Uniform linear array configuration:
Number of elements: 48
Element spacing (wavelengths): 0.75
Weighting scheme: binomial
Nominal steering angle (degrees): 60
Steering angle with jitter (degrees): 59.513
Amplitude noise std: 0.05
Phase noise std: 0.05

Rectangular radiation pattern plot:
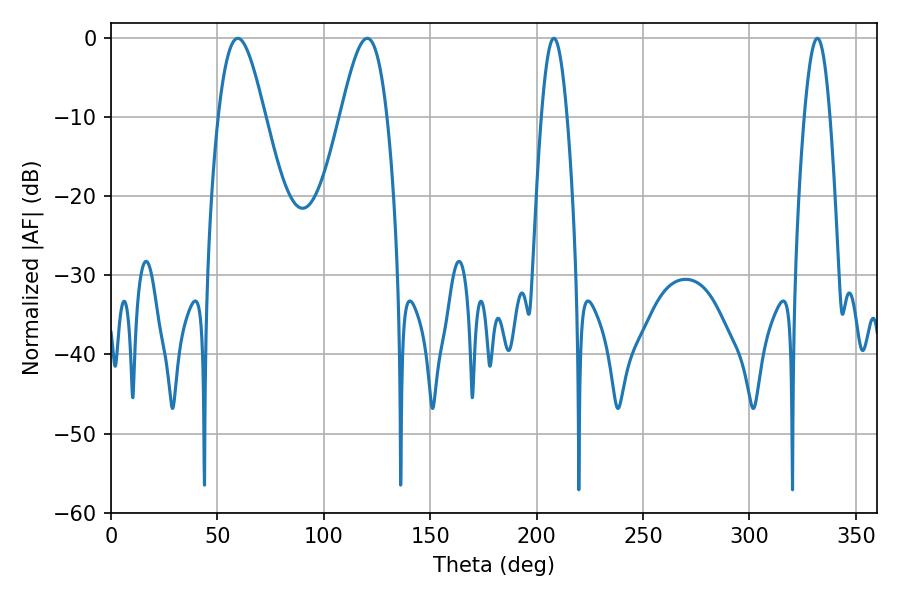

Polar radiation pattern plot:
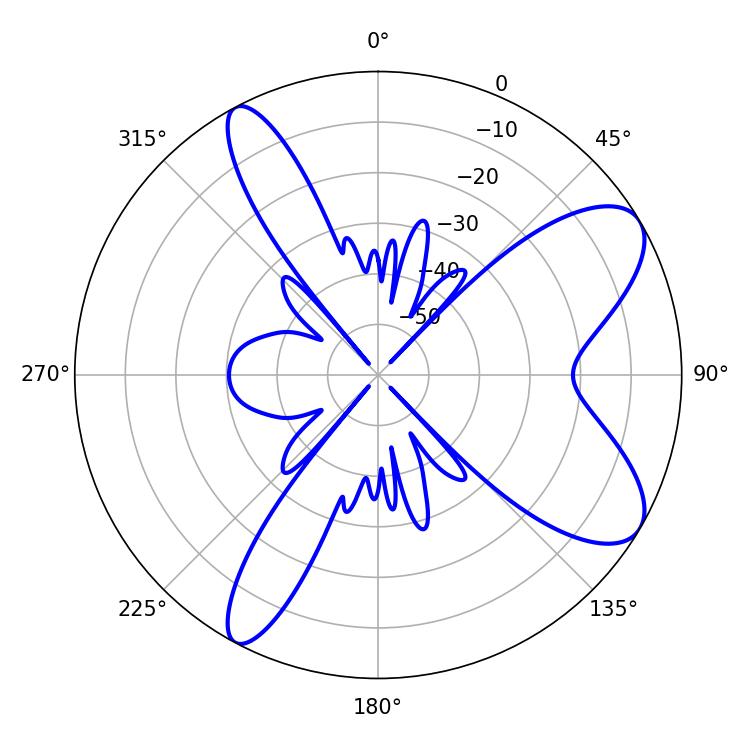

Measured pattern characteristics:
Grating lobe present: TRUE
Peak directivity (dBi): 8.579
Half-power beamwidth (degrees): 11.52
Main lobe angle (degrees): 59.58